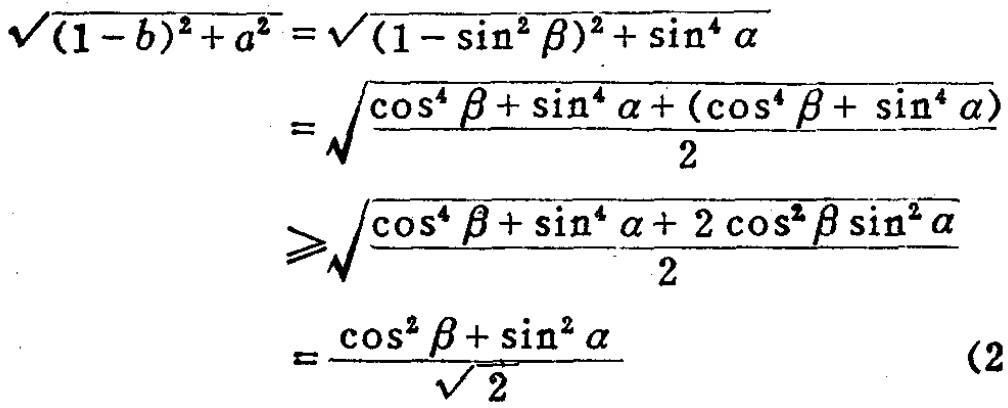
\[\begin{align*}
\sqrt{(1 - b)^2 + a^2}&=\sqrt{(1 - \sin^2\beta)^2+\sin^4\alpha}\\
&=\sqrt{\frac{\cos^4\beta+\sin^4\alpha+(\cos^4\beta+\sin^4\alpha)}{2}}\\
&\geqslant\sqrt{\frac{\cos^4\beta+\sin^4\alpha + 2\cos^2\beta\sin^2\alpha}{2}}\\
&=\frac{\cos^2\beta+\sin^2\alpha}{\sqrt{2}}
\end{align*}\]